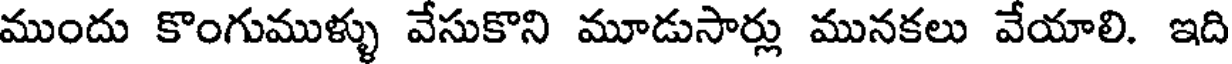
ముందు కొంగుముళ్ళు వేసుకొని మూడుసార్లు మునకలు వేయాలి. ఇది